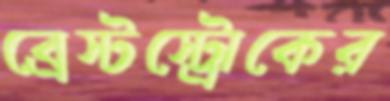
ব্রেস্টস্ট্রোকের